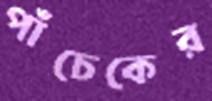
পাঁচেকের